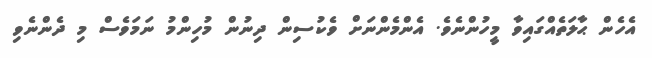
އެހެން ޙާލަތެއްގައިވާ މީހުންނެވެ. އެންމެންނަށް ވެކުސިން ދިނުން މުހިންމު ނަމަވެސް މި ދެންނެވި